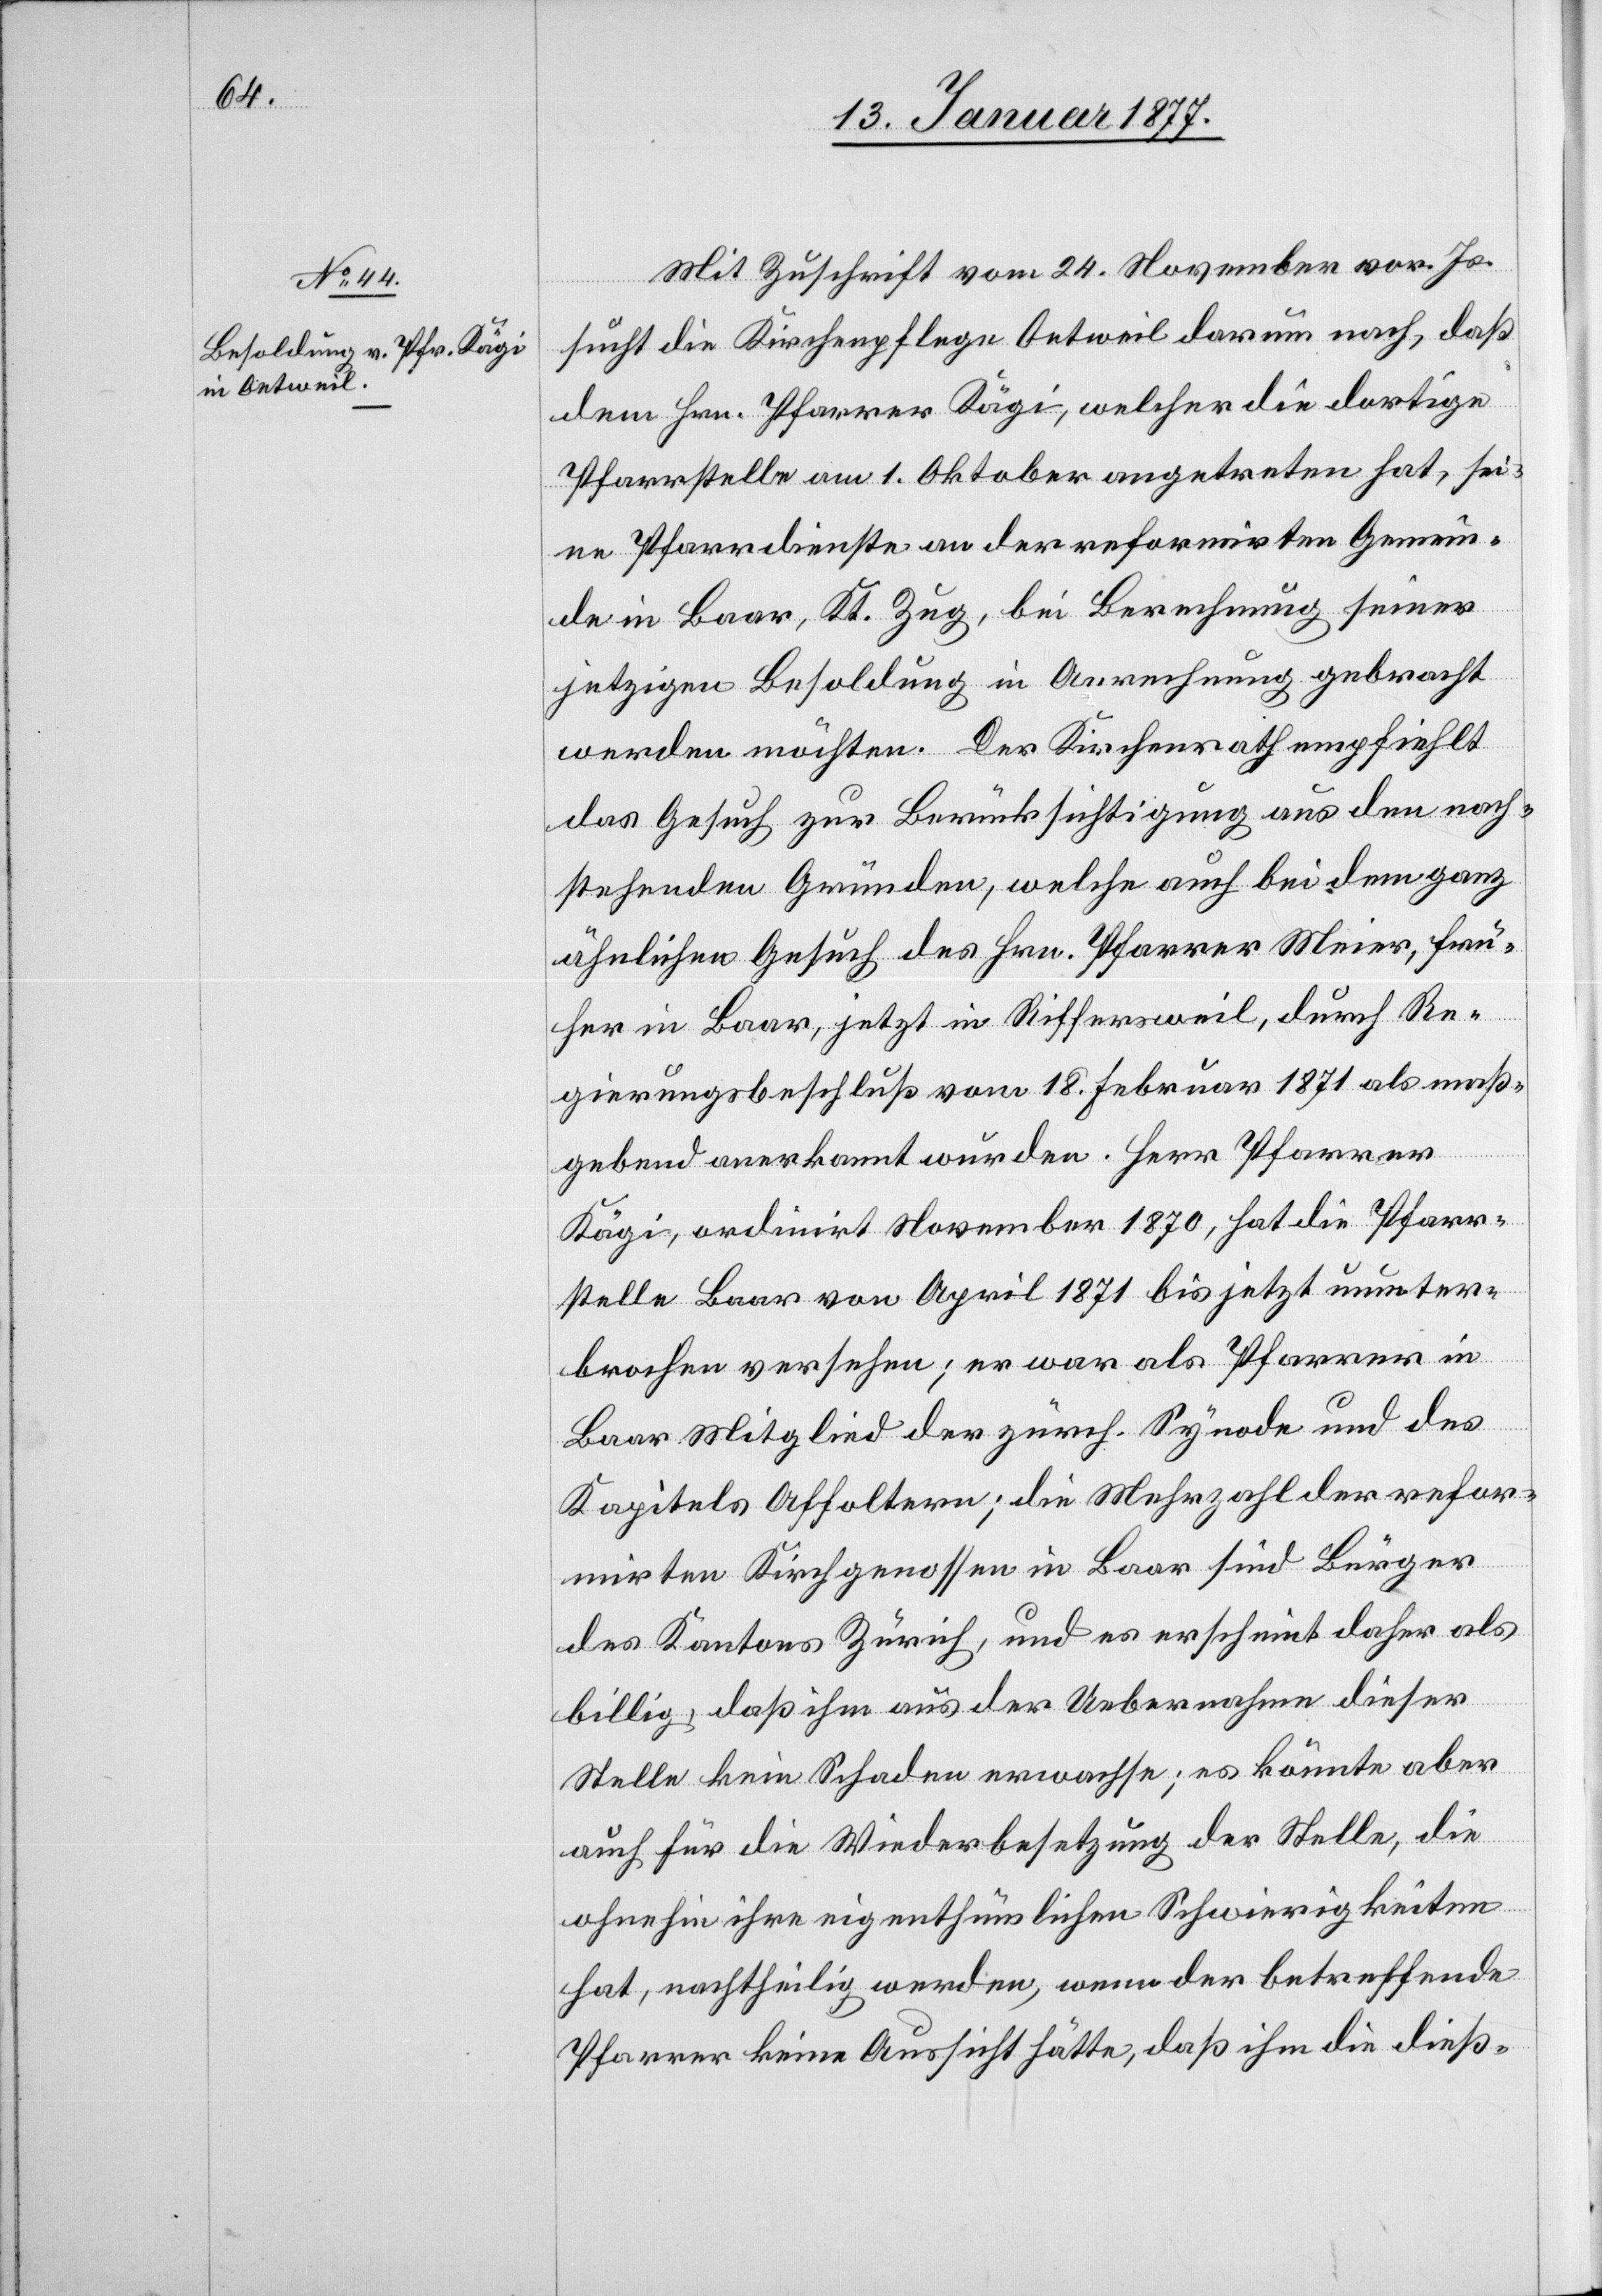
Mit Zuschrift vom 24. November vor. Js.
sucht die Kirchenpflege Oetweil darum nach, daß
dem Hrn. Pfarrer Kägi, welcher die dortige
Pfarrstelle am 1. Oktober angetreten hat, sei¬
ne Pfarrdienste an der reformirten Gemein¬
de in Baar, Kt. Zug, bei Berechnung seiner
jetzigen Besoldung in Anrechnung gebracht
werden möchten. Der Kirchenrath empfiehlt
das Gesuch zur Berücksichtigung aus den nach¬
stehenden Gründen, welche auch bei dem ganz
ähnlichen Gesuch des Hrn. Pfarrer Meier, frü¬
her in Baar, jetzt in Riffersweil, durch Re¬
gierungsbeschluß vom 18. Februar 1871 als maß¬
gebend anerkannt wurden. Herr Pfarrer
Kägi, ordinirt November 1870, hat die Pfarr¬
stelle Baar von April 1871 bis jetzt ununter¬
brochen versehen; er war als Pfarrer in
Baar Mitglied der zürch. Synode und des
Kapitels Affoltern; die Mehrzahl der refor¬
mirten Kirchgenossen in Baar sind Bürger
des Kantons Zürich, und es erscheint daher als
billig, daß ihm aus der Uebernahme dieser
Stelle kein Schaden erwachse; es könnte aber
auch für die Wiederbesetzung der Stelle, die
ohnehin ihre eigenthümlichen Schwierigkeiten
hat, nachtheilig werden, wenn der betreffende
Pfarrer keine Aussicht hätte, daß ihm die dieß-